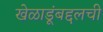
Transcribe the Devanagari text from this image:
खेळाडूंबद्दलची